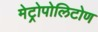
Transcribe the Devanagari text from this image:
मेट्रोपोलिटोण